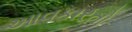
આવકારતો